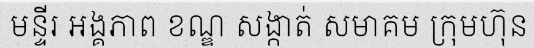
មន្ទីរ អង្គភាព ខណ្ឌ សង្កាត់ សមាគម ក្រុមហ៊ុន